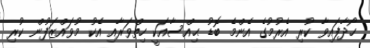
ހޯދާފައިވާ ކުރި އެރުމުގެ އެންމެ ބޮޑު ޙިއްސާއަކީ ހިތްވަރާއި އެކު މުވައްޒަފުން ކުރި